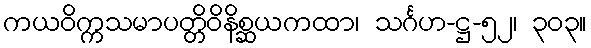
ကယဝိက္ကသမာပတ္တိဝိနိစ္ဆယကထာ၊ သင်္ဂဟ-ဋ္ဌ-၅၂၊ ၃၀၃။